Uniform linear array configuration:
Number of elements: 4
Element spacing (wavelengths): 0.25
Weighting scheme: exponential
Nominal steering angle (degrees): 0
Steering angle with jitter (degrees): -0.6424
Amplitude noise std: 0.05
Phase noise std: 0.05

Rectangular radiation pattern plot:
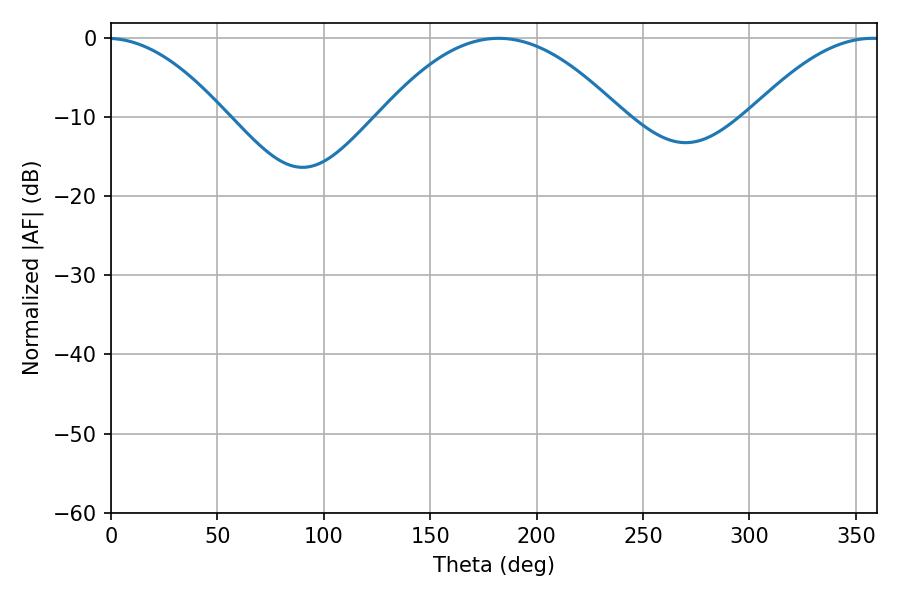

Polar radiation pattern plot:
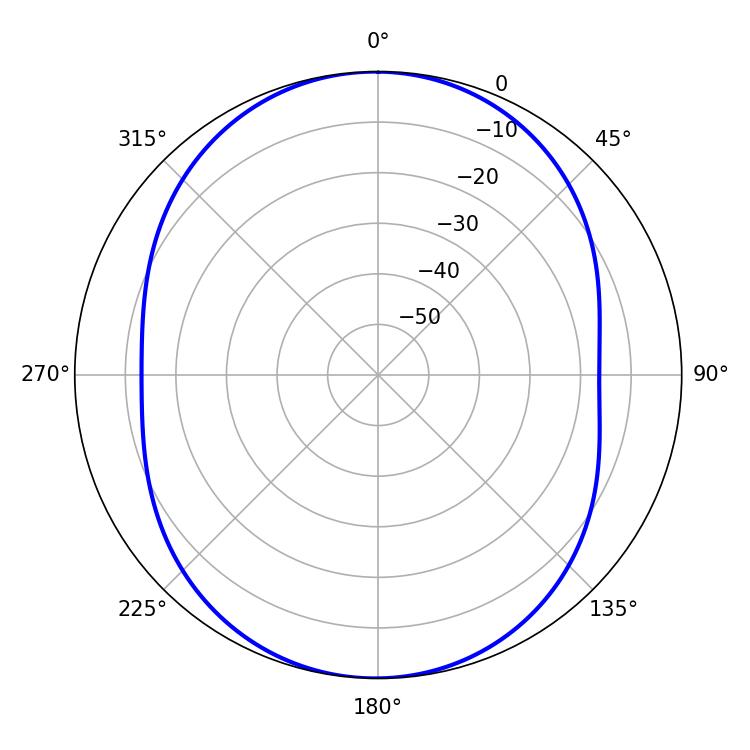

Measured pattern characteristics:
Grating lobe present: FALSE
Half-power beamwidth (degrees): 62.1
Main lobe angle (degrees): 182.16